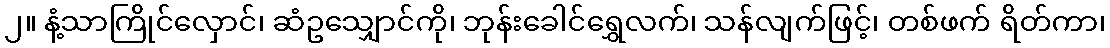
၂။ နံ့သာကြိုင်လှောင်၊ ဆံဥသျှောင်ကို၊ ဘုန်းခေါင်ရွှေလက်၊ သန်လျက်ဖြင့်၊ တစ်ဖက် ရိတ်ကာ၊